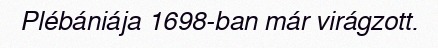
Plébániája 1698-ban már virágzott.